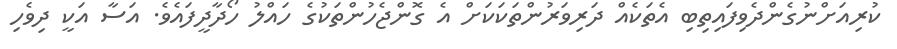
ކުރިއަށްނުގެންދެވިފައިތިބި އެތަކެއް ދަރިވަރުންތަކަކަށް އެ ގޮންޖެހުންތަކުގެ ހައްލު ހޯދާދީފައެވެ. އަސާ އަކީ ދިވެހި